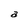
Character: a